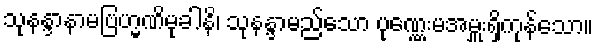
သုနန္ဒာနာမဗြဟ္မဏိမုခါနိ၊ သုနန္ဒာမည်သော ပုဏ္ဏေးမအမှူးရှိကုန်သော။